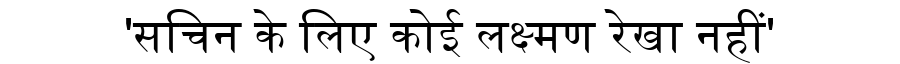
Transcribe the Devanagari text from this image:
'सचिन के लिए कोई लक्ष्मण रेखा नहीं'